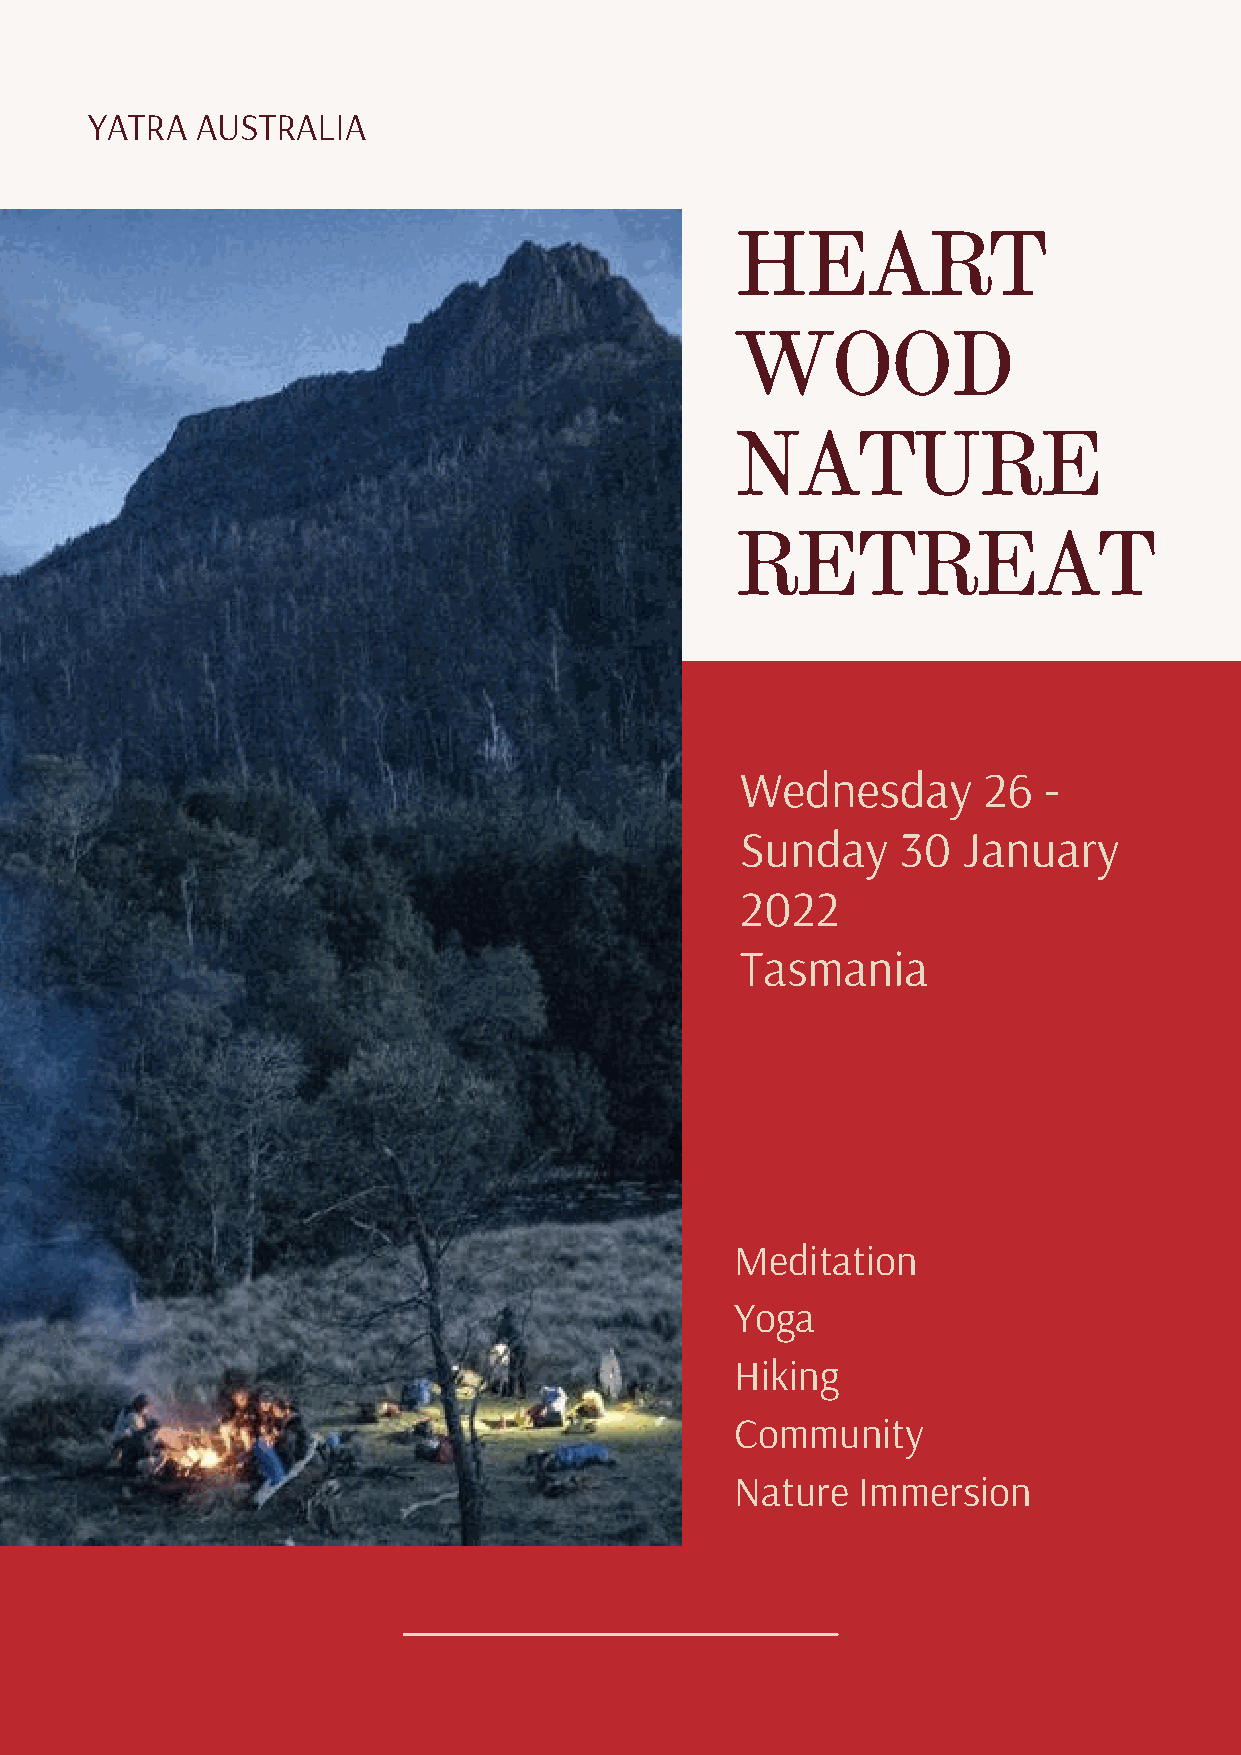
YATRA  AUSTRALIA
 HEART
 WOOD
 NATURE
 RETREAT
 Wednesday       26  -
 Sunday     30  January
 2022
 Tasmania
 Meditation
 Yoga
 Hiking
 Community
 Nature  Immersion